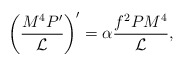
\begin{align*}\left(\frac{M^4P'}{{\cal L}}\right)'=\alpha\frac{f^2PM^4}{\cal L},\end{align*}